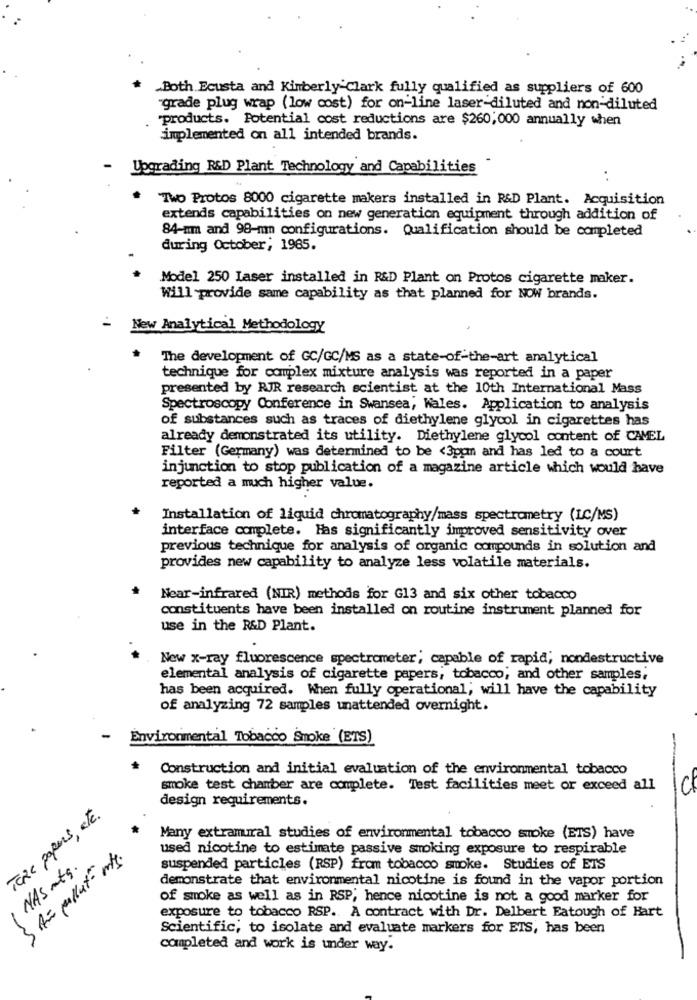
Both Ecusta and Kimberly-Clark fully qualified as suppliers of 600
"grade plug wrap (low cost) for on-line laser-diluted and non-diluted
"products. Potential cost reductions are $260,000 annually when
implemented on all intended brands.
Upgrading R&D Plant Technology and Capabilities
Two Protos 8000 cigarette makers installed in R&D Plant. Acquisition
extends capabilities on new generation equipment through addition of
84-mm and 98-mmm configurations. Qualification should be completed
during October; 1985.
Model 250 Laser installed in R&D Plant on Protos cigarette maker.
Will provide same capability as that planned for NOW brands.
New Analytical Methodology
The development of GC/GC/MS as a state-of-the-art analytical
technique for complex mixture analysis was reported in a paper
presented by RJR research scientist at the 10th International Mass
Spectroscopy Conference in Swansea, Wales. Application to analysis
of substances such as traces of diethylene glycol in cigarettes has
already demonstrated its utility. Diethylene glycol content of CAMEL
Filter (Germany) was determined to be <3pom and has led to a court
injunction to stop publication of a magazine article which would have
reported a much higher value.
Installation of liquid chromatography/mass spectrometry (LC/MS)
interface complete. Has significantly improved sensitivity over
previous technique for analysis of organic compounds in solution and
provides new capability to analyze less volatile materials.
Near-infrared (NIR) methods for G13 and six other tobacco
constituents have been installed on routine instrument planned for
use in the R&D Plant.
New x-ray fluorescence spectrometer; capable of rapid; nondestructive
elemental analysis of cigarette papers, tobacco; and other samples,
has been acquired. When fully operational; will have the capability
of analyzing 72 samples unattended overnight.
-
Environmental Tobacco Smoke (ETS)
-
Construction and initial evaluation of the environmental tobacco
smoke test chamber are complete. Test facilities meet or exceed all
design requirements.
TERE papers, etc.
Many extramural studies of environmental tobacco smoke (ETS) have
used nicotine to estimate passive smoking exposure to respirable
3 Am pullut m/s.
NAS mts.
suspended particles (RSP) from tobacco smoke. Studies of ETS
demonstrate that environmental nicotine is found in the vapor portion
of smoke as well as in RSP; hence nicotine is not a good marker for
exposure to tobacco RSP. A contract with Dr. Delbert Eatough of Hart
Scientific, to isolate and evaluate markers for ETS, has been
completed and work is under way.